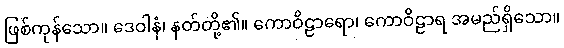
ဖြစ်ကုန်သော။ ဒေဝါနံ၊ နတ်တို့၏။ ကောဝိဠာရော၊ ကောဝိဠာရ အမည်ရှိသော။